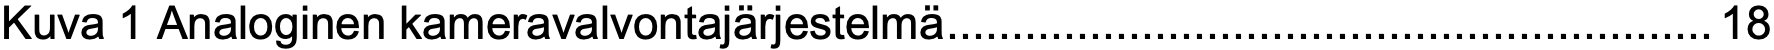
Kuva 1 Analoginen kameravalvontajärjestelmä...........................................................18